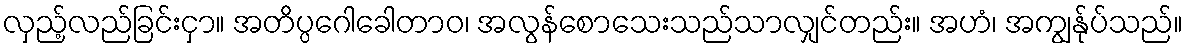
လှည့်လည်ခြင်းငှာ။ အတိပ္ပဂေါခေါတာဝ၊ အလွန်စောသေးသည်သာလျှင်တည်း။ အဟံ၊ အကျွန်ုပ်သည်။